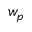
w _ { p }